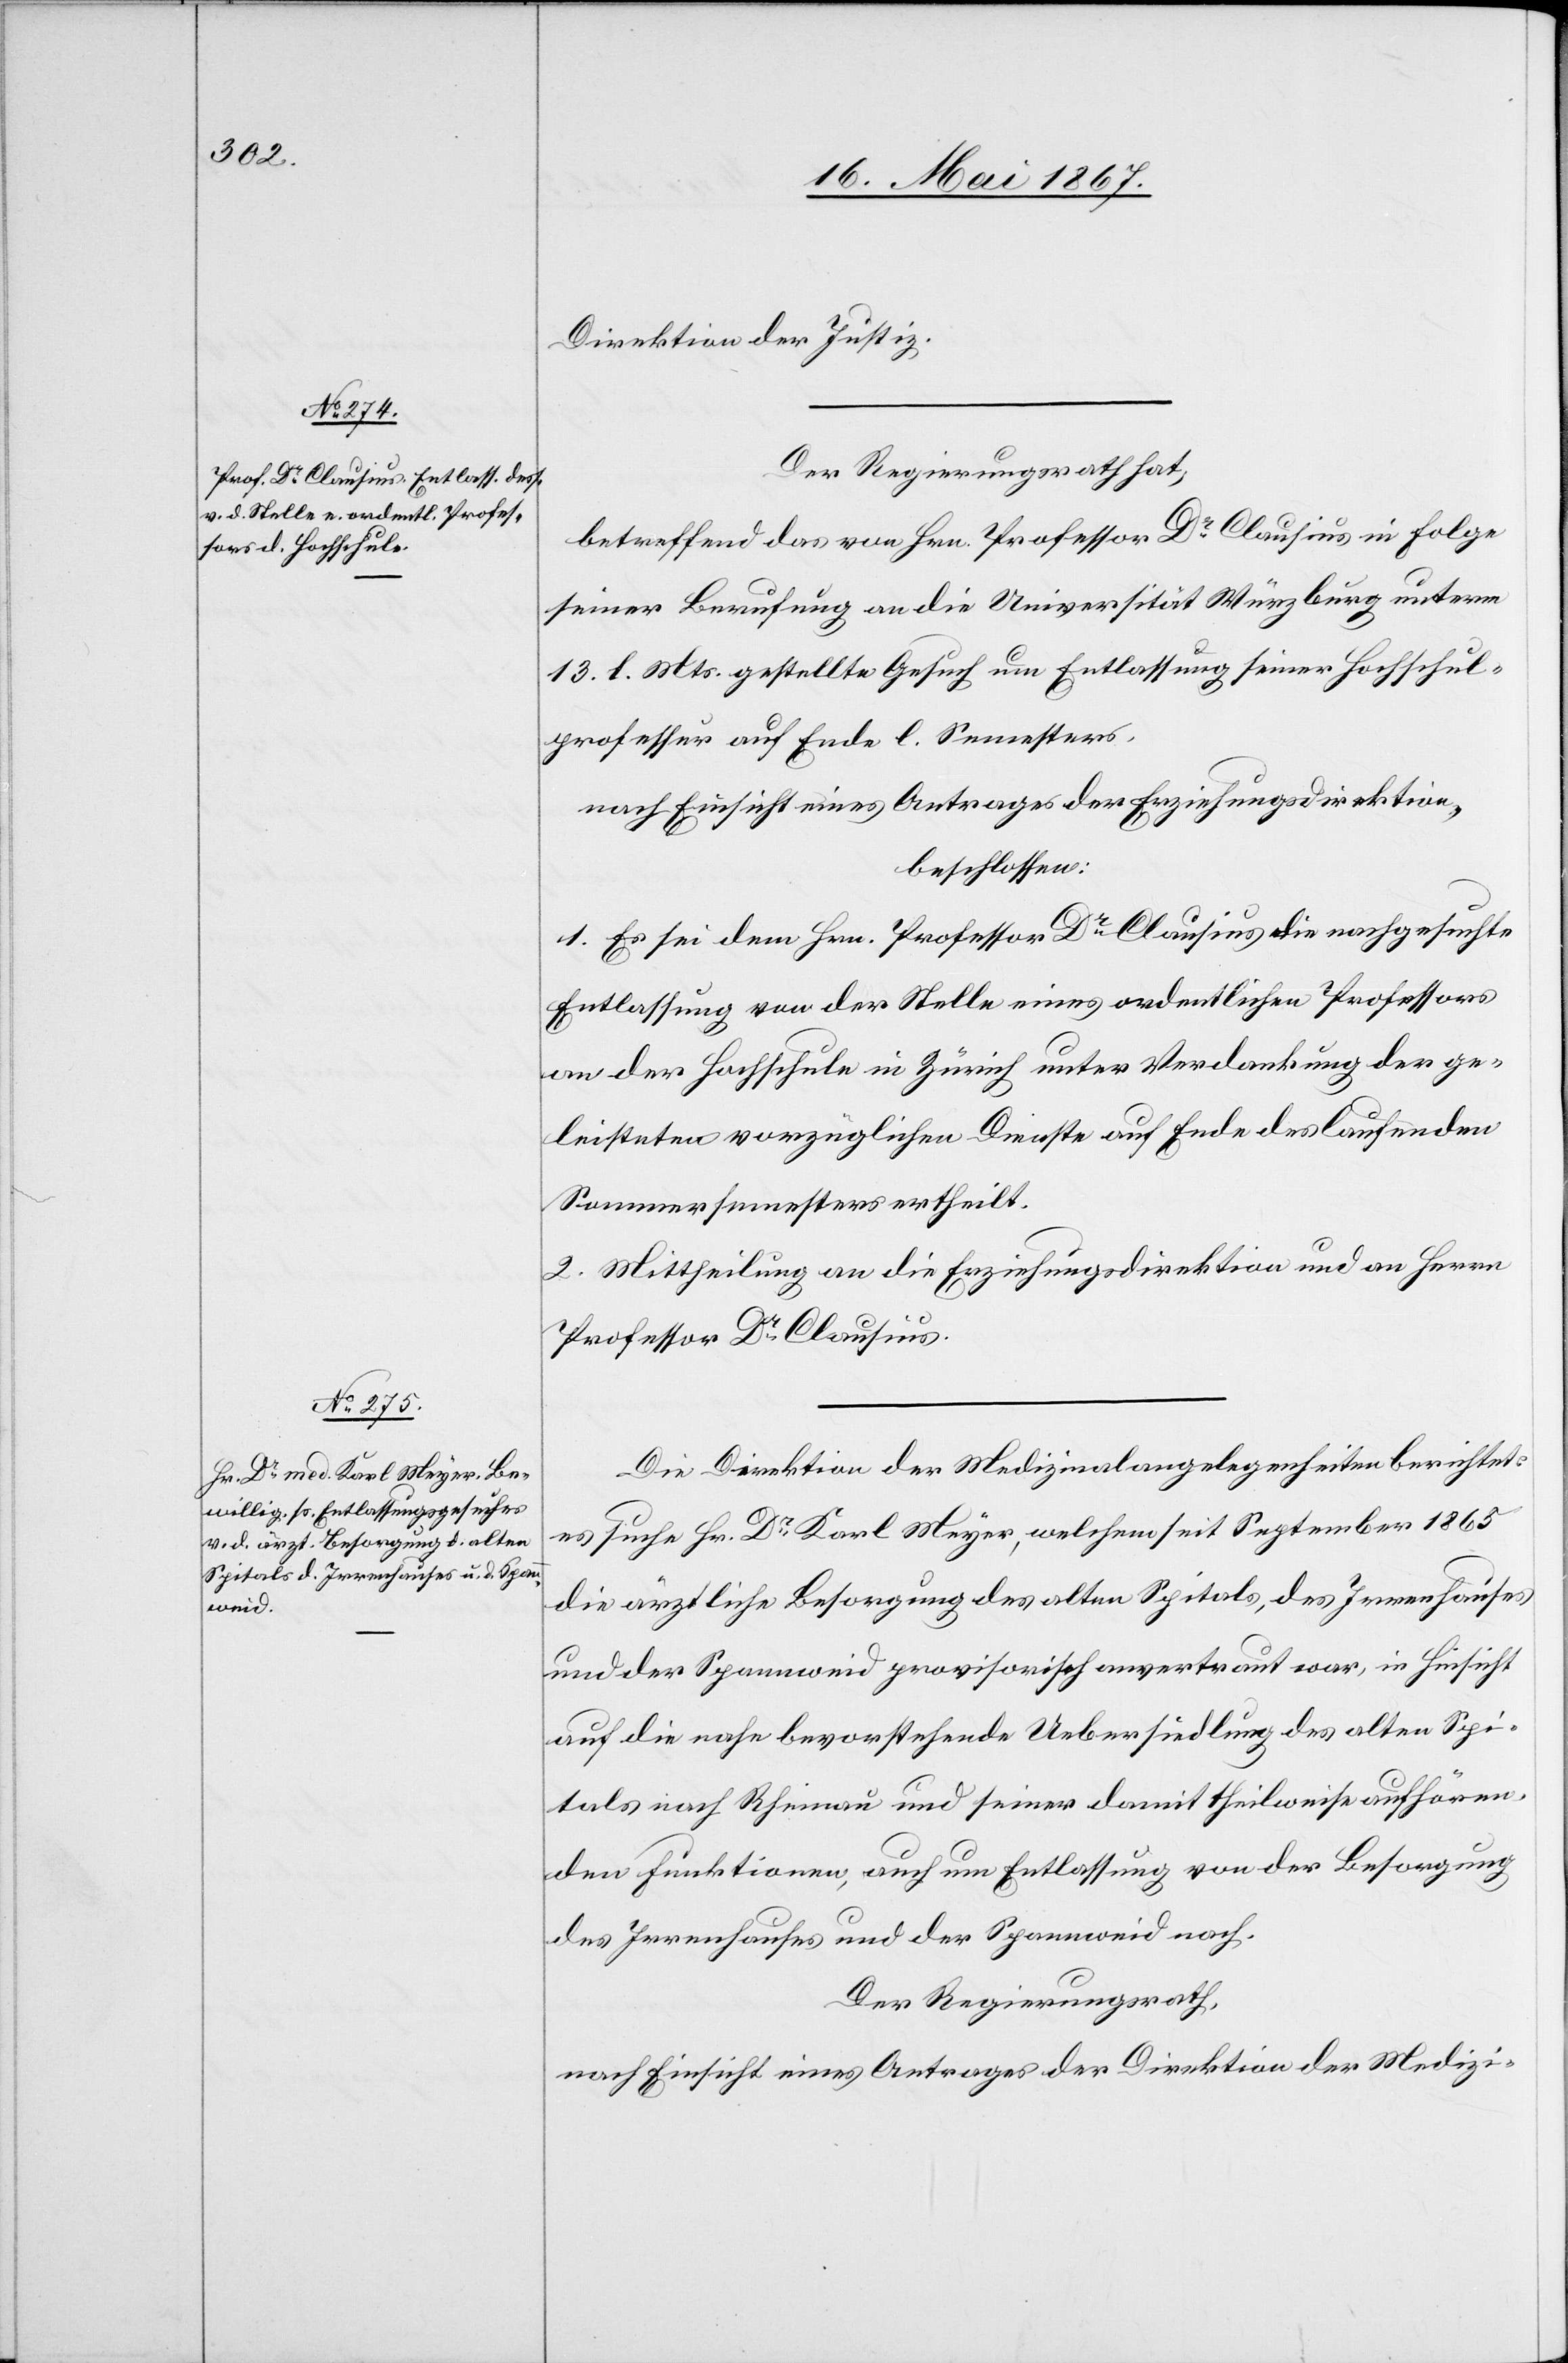
Direktion der Justiz.
Der Regierungsrath hat,
betreffend des von Hrn. Professor Dr. Clausius in Folge
seiner Berufung an die Universität Würzburg unterm
13. l. Mts. gestellte Gesuch um Entlassung seiner Hochschul¬
professur auf Ende l. Semesters,
nach Einsicht eines Antrages der Erziehungsdirektion,
beschlossen:
1. Es sei dem Hrn. Professor Dr. Clausius die nachgesuchte
Entlassung von der Stelle eines ordentlichen Professors
an der Hochschule in Zürich unter Verdankung der ge¬
leisteten vorzüglichen Dienste auf Ende des laufenden
Sommersemesters ertheilt.
2. Mittheilung an die Erziehungsdirektion und an Herrn
Professor Dr. Clausius.
Die Direktion der Medizinalangelegenheiten berichtet:
es suche Hr. Dr. Karl Meyer, welchem seit September 1865
die ärztliche Besorgung des alten Spitals, des Irrenhauses
und der Spannweid provisorisch anvertraut war, in Hinsicht
auf die nahe bevorstehende Uebersiedlung des alten Spi¬
tals nach Rheinau und seiner damit theilweise aufhören¬
den Funktionen, auch um Entlassung von der Besorgung
des Irrenhauses und der Spannweid nach.
Der Regierungsrath,
nach Einsicht eines Antrages der Direktion der Medizi-